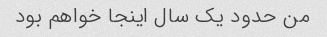
من حدود یک سال اینجا خواهم بود